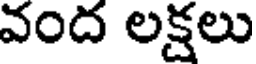
వంద లక్షలు